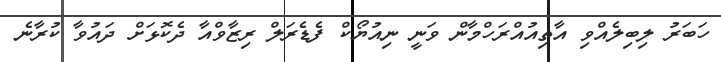
ހަބަރު ލިބިލެއްވި އާތިއުއްރަހްމާން ވަނީ ނިއުޔޯކް ފެޑެރަލް ރިޒާވްއާ ދެކޮޅަށް ދައުވާ ކުރާނެ